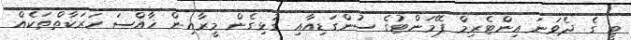
ޓީ ގެ ދެވަނަ އިންޓެރިމް ޕޭމަންޓުގެ ސުންގަޑިއާއި ގުޅިގެން މީރާއިން ޚާއްސަ ހަރަކާތްތަކެއް